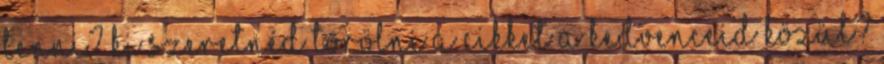
tenni? Ki szeretnéd törölni a cikket a kedvenceid közül?